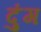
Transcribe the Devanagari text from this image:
दुंग